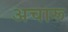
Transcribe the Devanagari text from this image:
अचारू